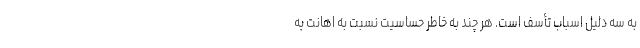
به سه دلیل اسباب تأسف است. هر چند به خاطر حساسیت نسبت به اهانت به